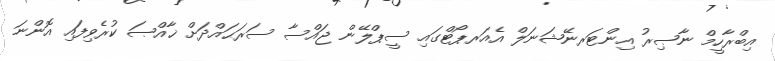
އިބްރާހީމް ނާޞިރު އިންޓަރނޭޝަނަލް އެއަރޕޯޓްގައި ސީޕްލޭން ޖައްސާ ސަރަޙައްދަށް ޚާއްޞަ ކުރެވިފައި އޮންނަ